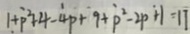
1 + p ^ { 2 } + 4 - 4 p + 9 + p ^ { 2 } - 2 p + 1 = 1 1